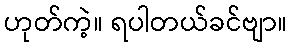
ဟုတ်ကဲ့။ ရပါတယ်ခင်ဗျာ။